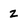
Character: z